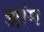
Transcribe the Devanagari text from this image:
ह्मांग